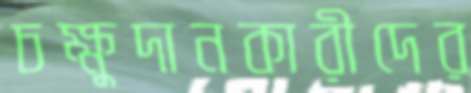
চক্ষুদানকারীদের